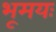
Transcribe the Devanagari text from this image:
भूमयः